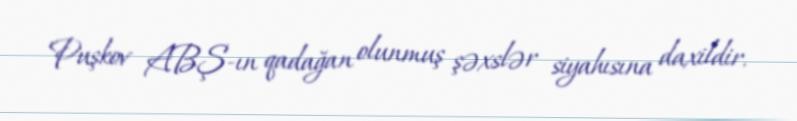
Puşkov ABŞ-ın qadağan olunmuş şəxslər siyahısına daxildir.